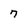
Character: 7